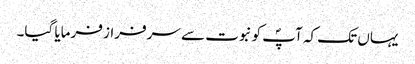
یہاں تک کہ آپؐ کو نبوت سے سرفراز فرمایا گیا۔